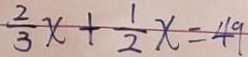
\frac { 2 } { 3 } x + \frac { 1 } { 2 } x = 4 9